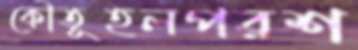
কৌতূহলপরশ